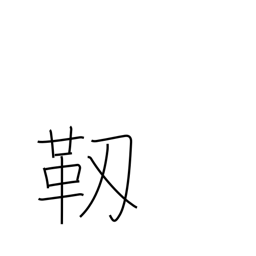
Meaning: pliable